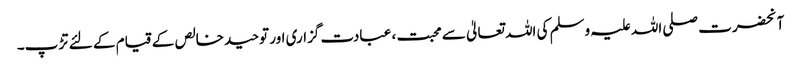
آنحضرت صلی اللہ علیہ وسلم کی اللہ تعالیٰ سے محبت ، عبادت گزاری اور توحید خالص کے قیام کے لئے تڑپ۔